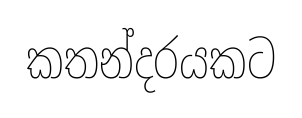
කතන්දරයකට